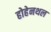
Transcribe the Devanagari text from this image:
होहेनथल